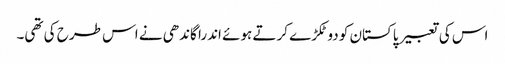
اس کی تعبیر پاکستان کو دو ٹکڑے کرتے ہوئے اندرا گاندھی نے اس طرح کی تھی۔